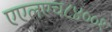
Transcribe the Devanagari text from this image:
एएलएच८४००१